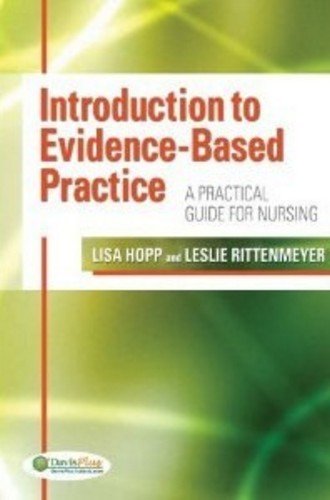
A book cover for Introduction to Evidence Based Practice: A Practical Guide for Nursing; Lisa Hopp PhD  RN; Medical Books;